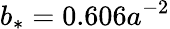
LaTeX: b_{*}=0.606a^{-2}